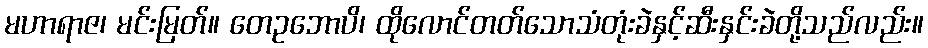
မဟာရာဇ၊ မင်းမြတ်။ တေဥဘောပိ၊ ထိုလောင်တတ်သောသံတုံးခဲနှင့်ဆီးနှင်းခဲတို့သည်လည်း။